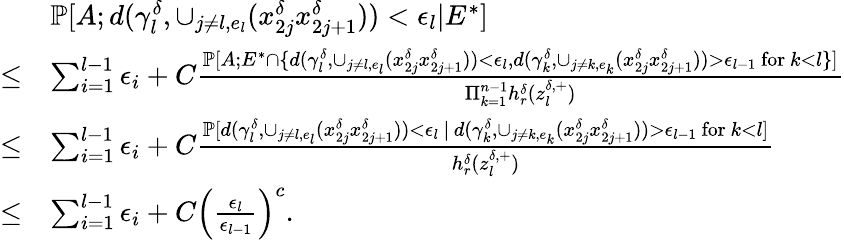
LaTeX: \begin{array}{rl}&{\mathbb{P}[A;d(\gamma_{l}^{\delta},\cup_{j\neq l,e_{l}}(x_{2j}^{\delta}x_{2j+1}^{\delta}))<\epsilon_{l}|E^{*}]}\\ {\le}&{\sum_{i=1}^{l-1}\epsilon_{i}+C\frac{\mathbb{P}[A;E^{*}\cap\{ d(\gamma_{l}^{\delta},\cup_{j\neq l,e_{l}}(x_{2j}^{\delta}x_{2j+1}^{\delta}))<\epsilon_{l},d(\gamma_{k}^{\delta},\cup_{j\neq k,e_{k}}(x_{2j}^{\delta}x_{2j+1}^{\delta}))>\epsilon_{l-1}\mathrm{~for~}k<l\} ]}{\Pi_{k=1}^{n-1}h_{r}^{\delta}(z_{l}^{\delta,+})}}\\ {\le}&{\sum_{i=1}^{l-1}\epsilon_{i}+C\frac{\mathbb{P}[d(\gamma_{l}^{\delta},\cup_{j\neq l,e_{l}}(x_{2j}^{\delta}x_{2j+1}^{\delta}))<\epsilon_{l}\, |\, d(\gamma_{k}^{\delta},\cup_{j\neq k,e_{k}}(x_{2j}^{\delta}x_{2j+1}^{\delta}))>\epsilon_{l-1}\mathrm{~for~}k<l]}{h_{r}^{\delta}(z_{l}^{\delta,+})}}\\ {\le}&{\sum_{i=1}^{l-1}\epsilon_{i}+C\left(\frac{\epsilon_{l}}{\epsilon_{l-1}}\right)^{c}.}\end{array}